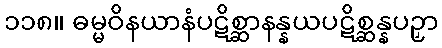
၁၁၈။ ဓမ္မဝိနယာနံပဋိစ္ဆာနန္နယပဋိစ္ဆန္နပဉှာ